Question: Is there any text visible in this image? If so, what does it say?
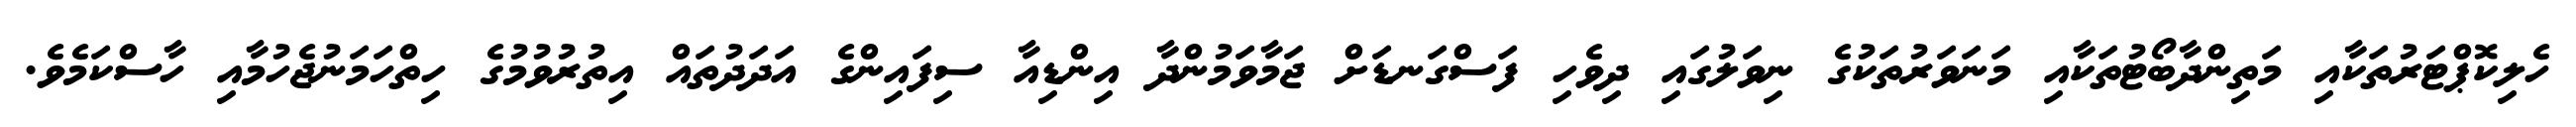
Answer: ހެލިކޮޕްޓަރުތަކާއި މަތިންދާބޯޓުތަކާއި މަނަވަރުތަކުގެ ނިވަލުގައި ދިވެހި ފަސްގަނޑަށް ޖަމާވަމުންދާ އިންޑިއާ ސިފައިންގެ އަދަދުތައް އިތުރުވުމުގެ ހިތްހަމަނުޖެހުމާއި ހާސްކަމެވެ.